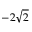
- 2 \sqrt { 2 }